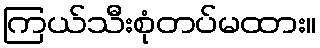
ကြယ်သီးစုံတပ်မထား။